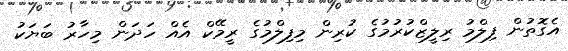
އެގޮތުން ފިލްމު ރިލީޒްކުރުމުގެ ކުރިން މިފިލްމުގެ ރީމޭކް އެއް ހަދަން މިހާރު ބަޔަކު